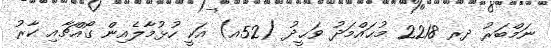
ނަމްބަރު ދރ 2218 މުޙައްމަދު ވަޙީދު (52އ) އަކީ ހުޅުމާލެއިން ގޯއްޗާއި ކާރު